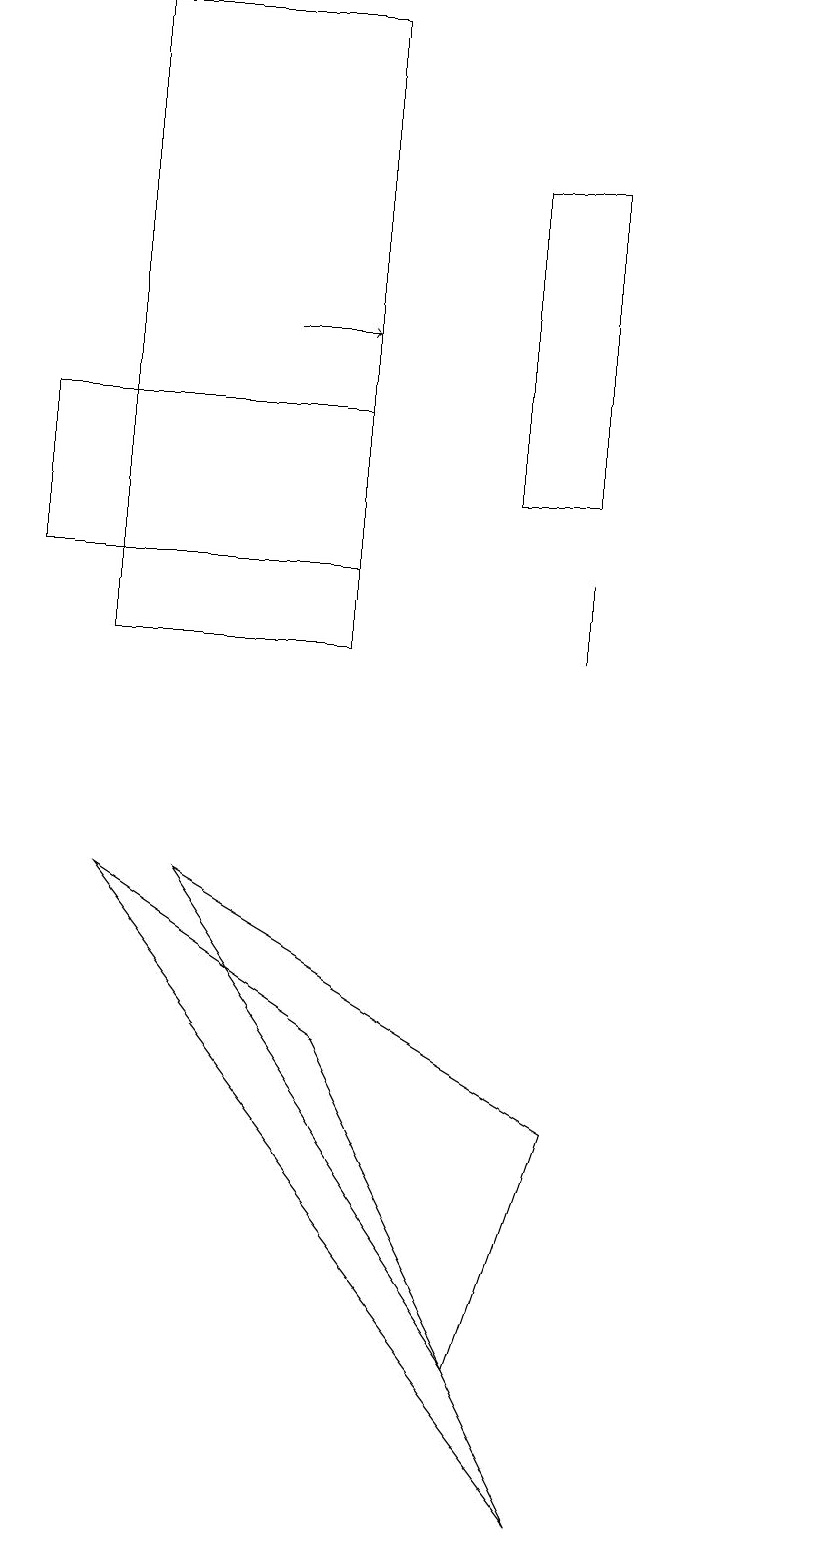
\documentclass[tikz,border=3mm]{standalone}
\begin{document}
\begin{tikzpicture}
\draw[->] (3,15) -- (4,15);
\draw (6,17) rectangle (7,13);
\draw (4,14) rectangle (0,12);
\draw (4,6) -- (7,0) -- (1,8) -- cycle;
\draw (7,11) rectangle (7,12);
\draw (10,10) circle (0);
\draw (1,11) rectangle (4,19);
\draw (2,8) -- (7,5) -- (6,2) -- cycle;
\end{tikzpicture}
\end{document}